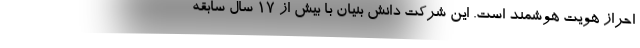
احراز هویت هوشمند است. این شرکت دانش بنیان با بیش از 17 سال سابقه